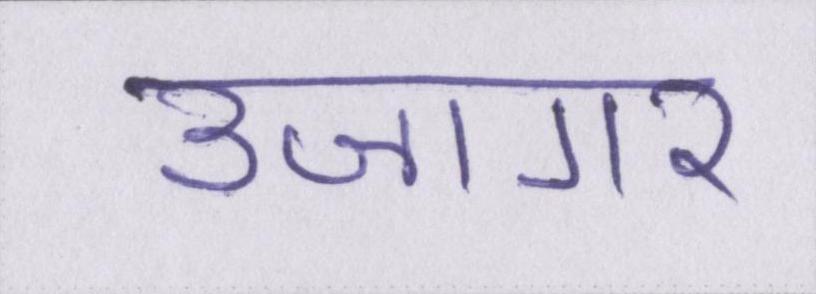
उजागर